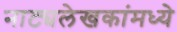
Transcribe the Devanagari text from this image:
नाट्यलेखकांमध्ये